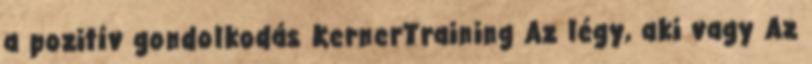
a pozitív gondolkodás KernerTraining Az légy, aki vagy Az